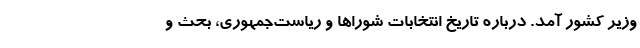
وزیر کشور آمد. درباره تاریخ انتخابات شوراها و ریاست‌جمهوری، بحث و